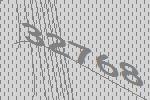
32768